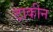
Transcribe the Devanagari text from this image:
टाकीन